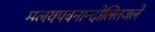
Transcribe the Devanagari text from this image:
मलयपवनान्दोलितजले